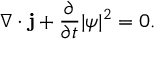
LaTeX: \nabla \cdot \mathbf { j } + { \frac { \partial } { \partial t } } | \psi | ^ { 2 } = 0 .